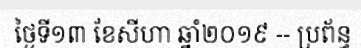
ថ្ងៃទី១៣ ខែសីហា ឆ្នាំ២០១៩ -- ប្រព័ន្ធ